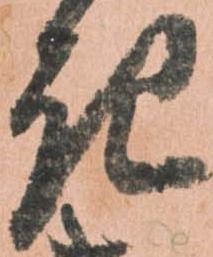
き